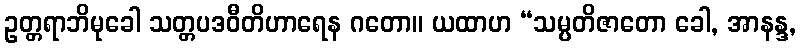
ဥတ္တရာဘိမုခေါ သတ္တပဒဝီတိဟာရေန ဂတော။ ယထာဟ “သမ္ပတိဇာတော ခေါ, အာနန္ဒ,